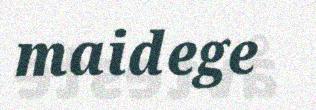
maidege